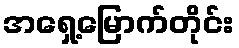
အရှေ့မြောက်တိုင်း